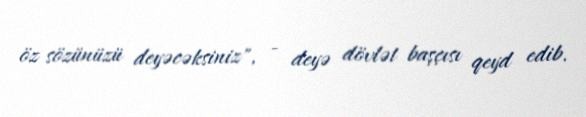
öz sözünüzü deyəcəksiniz", - deyə dövlət başçısı qeyd edib.